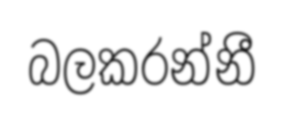
බලකරන්නී